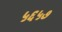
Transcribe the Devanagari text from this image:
५६५७